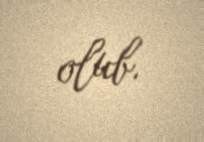
olub.